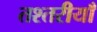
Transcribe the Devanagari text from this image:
तश्तरीयाँ